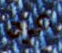
مرة